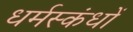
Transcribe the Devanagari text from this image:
धर्मस्कंधों